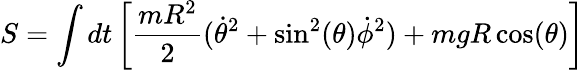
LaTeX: S=\int dt\left[{\frac{mR^{2}}{2}}({\dot{\theta}}^{2}+\sin^{2}(\theta){\dot{\phi}}^{2})+mgR\cos(\theta)\right]